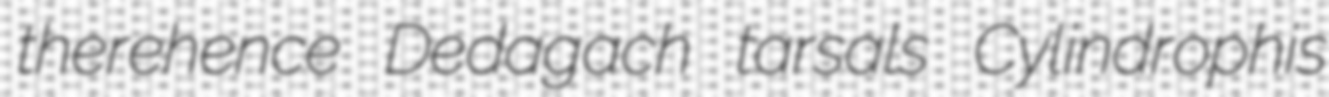
therehence Dedagach tarsals Cylindrophis